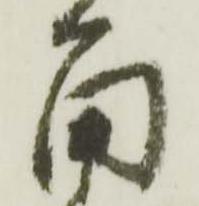
角